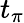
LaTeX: t_{\pi}